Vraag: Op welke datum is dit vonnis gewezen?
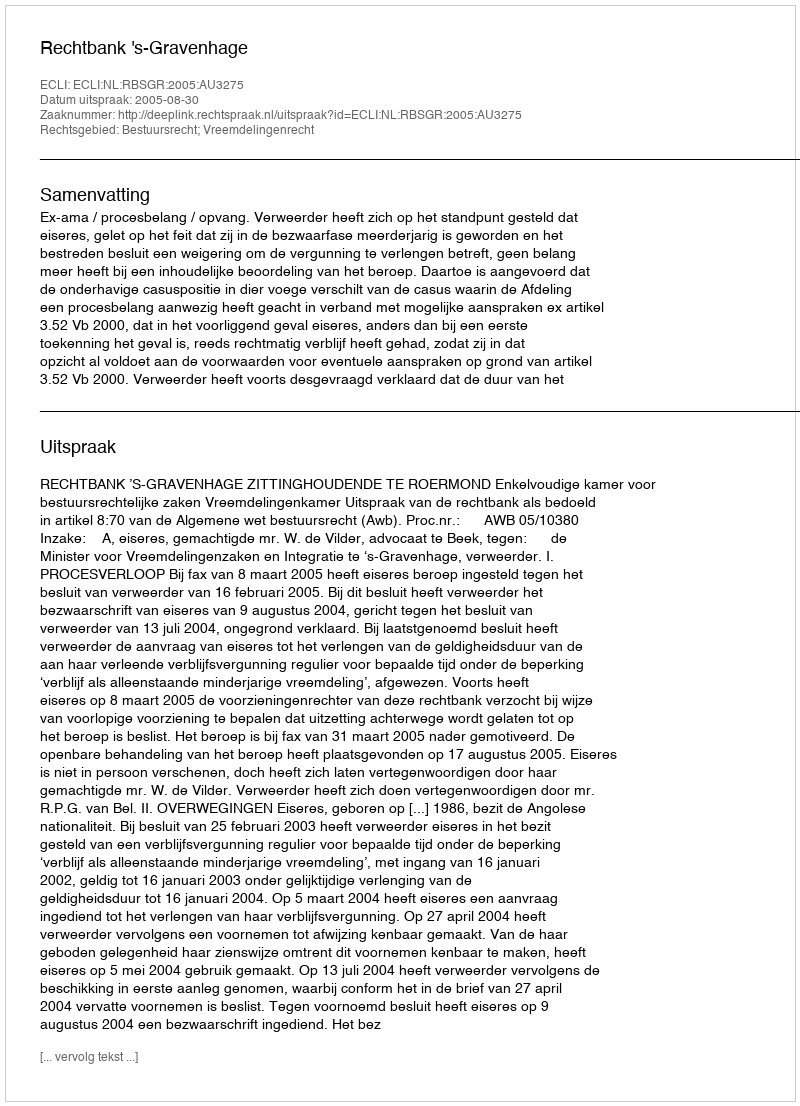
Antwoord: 2005-08-30